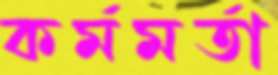
কর্মমর্তা